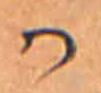
か